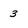
Character: 3